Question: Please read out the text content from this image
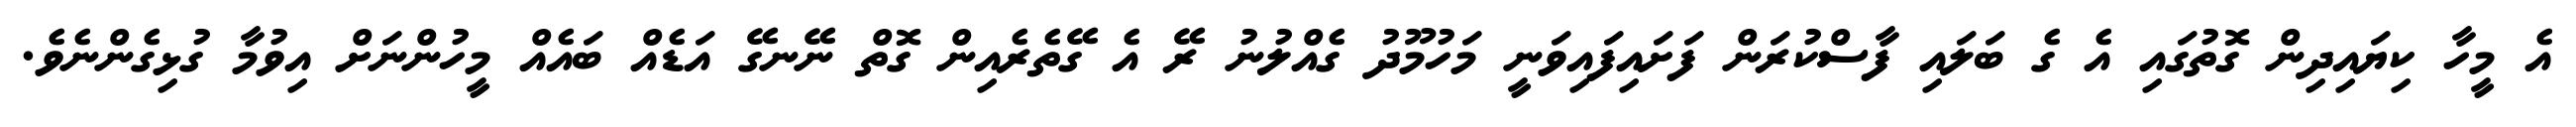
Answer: އެ މީހާ ކިޔައިދިން ގޮތުގައި އެ ގެ ބަލައި ފާސްކުރަން ފަށައިފައިވަނީ މަހުމޫދު ގެއްލުނު ރޭ އެ ގޭތެރެއިން ގޮތް ނޭނގޭ އަޑެއް ބައެއް މީހުންނަށް އިވުމާ ގުޅިގެންނެވެ.